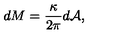
d M = { \frac { \kappa } { 2 \pi } } d { \cal A } ,